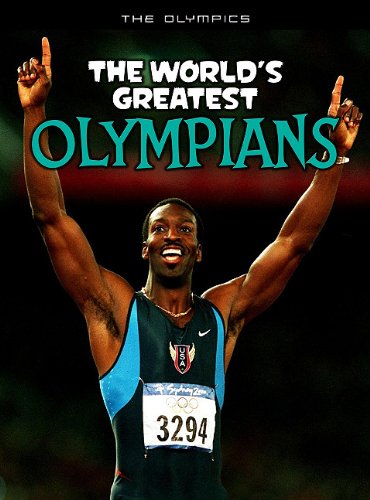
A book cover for The World's Greatest Olympians (The Olympics); Michael Hurley; Children's Books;